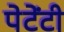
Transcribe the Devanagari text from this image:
पेटेंटी